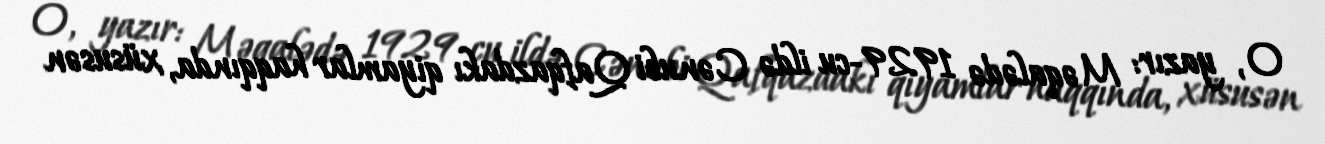
O, yazır: Məqalədə 1929-cu ildə Cənubi Qafqazdakı qiyamlar haqqında, xüsusən